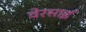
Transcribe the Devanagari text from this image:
वेरसाई